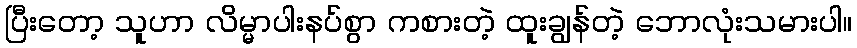
ပြီးတော့ သူဟာ လိမ္မာပါးနပ်စွာ ကစားတဲ့ ထူးချွန်တဲ့ ဘောလုံးသမားပါ။